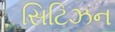
સિટિઝન